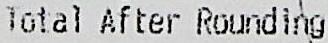
TOTAL AFTER ROUNDING